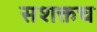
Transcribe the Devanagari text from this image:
सशक्तच